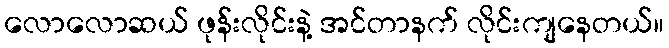
လောလောဆယ် ဖုန်းလိုင်းနဲ့ အင်တာနက် လိုင်းကျနေတယ်။